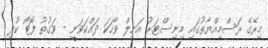
މިރޭގެ ރަސްމިއްޔާތުގައި މިނިސްޓަރު އަނިލް ވާހަކަ ދައްކަވަނީ - ވަގުތު ފޮޓޯ ކުދި